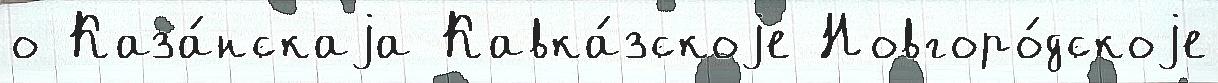
о Каза́нскаjа Кавка́зскоjе Новгоро́дскоjе